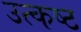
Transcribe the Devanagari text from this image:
उत्कष्ट